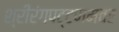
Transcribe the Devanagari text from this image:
श्रीरंगपट्टणमवर